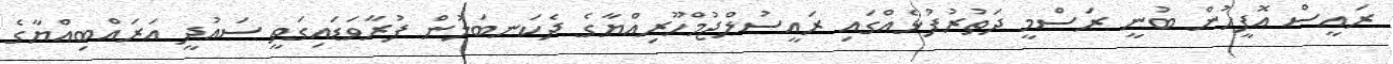
ރައީސް އޮފީހުން ބުނީ ރަސްމީ ދަތުރުފުޅެއްގައި ރައީސުލްޖުމްހޫރިއްޔާގެ ދެކަނބަލުން ފުރާވަޑައިގަތީ ސައުދީ އަރައްބިއްޔާގެ